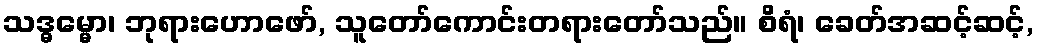
သဒ္ဓမ္မော၊ ဘုရားဟောဖော်, သူတော်ကောင်းတရားတော်သည်။ စိရံ၊ ခေတ်အဆင့်ဆင့်,